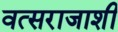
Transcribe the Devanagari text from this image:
वत्सराजाशी